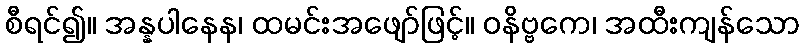
စီရင်၍။ အန္နပါနေန၊ ထမင်းအဖျော်ဖြင့်။ ဝနိဗ္ဗကေ၊ အထီးကျန်သော